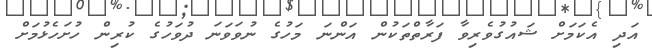
އަދި އެކަމަށް ޝައުގުވެރިވާ ފަރާތްތަކުން އަންނަ މަހުގެ ނުވަވަނަ ދުވަހުގެ ކުރިން ހުށަހެޅުމަށް